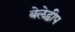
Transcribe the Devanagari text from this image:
बेलेद्वीप